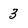
Character: 3